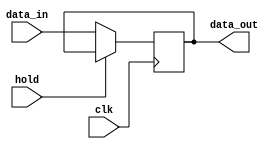
module hold_condition (
    input wire clk,         // Clock signal
    input wire hold,        // Hold control signal
    input wire [7:0] data_in, // Data input signal (8-bit wide for example)
    output reg [7:0] data_out // Data output signal (8-bit wide for example)
);

    // Internal state to hold the last valid output value
    reg [7:0] held_value;

    always @(posedge clk) begin
        if (hold) begin
            // Retain the last valid output value
            // This effectively holds the value
            data_out <= held_value;
        end else begin
            // Update the output with the new data input
            data_out <= data_in;
            // Store the new value in held_value
            held_value <= data_in;
        end
    end

    // Initialize held_value and data_out at reset
    initial begin
        held_value = 8'b0;  // Initialize held value to zero
        data_out = 8'b0;    // Initialize output to zero
    end

endmodule